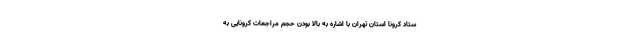
ستاد کرونا استان تهران با اشاره به بالا بودن حجم مراجعات کرونایی به